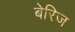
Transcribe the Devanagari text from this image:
बेरिज